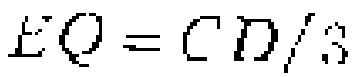
$T_0 = C/k_S$